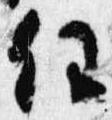
任